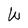
Character: W